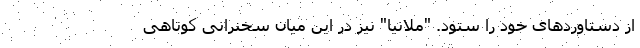
از دستاوردهای خود را ستود. "ملانیا" نیز در این میان سخنرانی کوتاهی